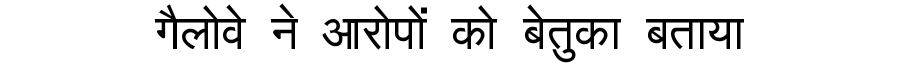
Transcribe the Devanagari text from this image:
गैलोवे ने आरोपों को बेतुका बताया